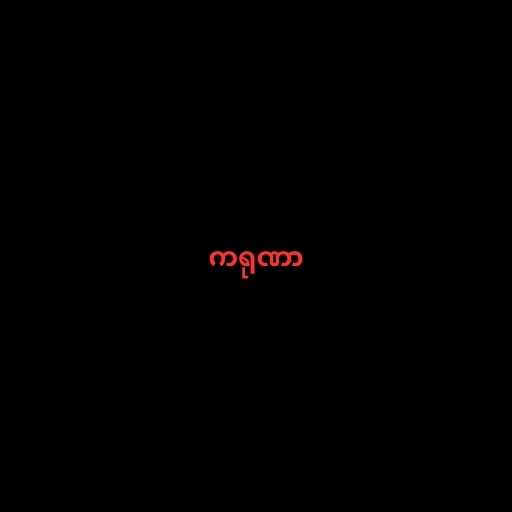
ကရုဏာ